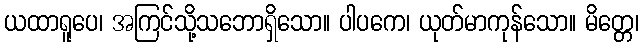
ယထာရူပေ၊ အကြင်သို့သဘောရှိသော။ ပါပကေ၊ ယုတ်မာကုန်သော။ မိတ္တေ၊